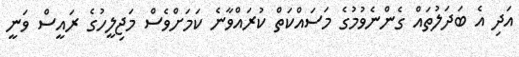
އަދި އެ ބަދަލުތައް ގެންނެވުމުގެ މަސައްކަތް ކުރައްވާނެ ކަމަށްވެސް މަޖިލީހުގެ ރައީސް ވަނީ